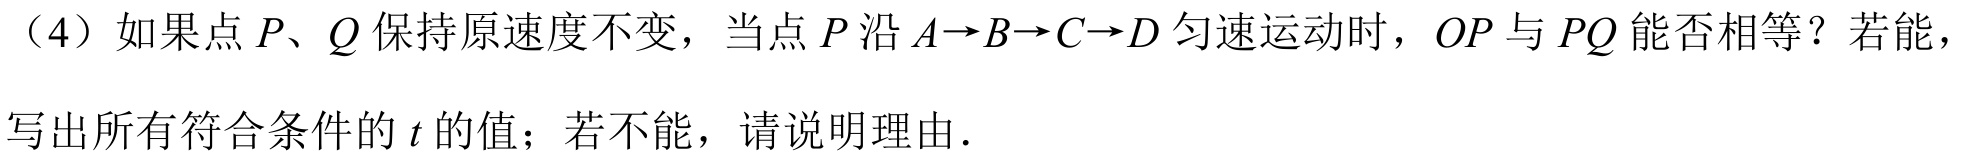
（4）如果点$P、Q$保持原速度不变，当点$P$沿$A\rightarrow B\rightarrow C\rightarrow D$匀速运动时，$OP$与$PQ$能否相等？若能，写出所有符合条件的$t$的值；若不能，请说明理由.